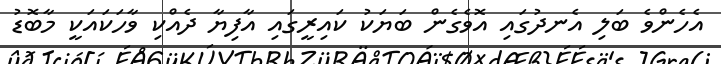
އެހެންވެ ބަލި އެނދުގައި އޮވެގެން ބަޔަކު ކައިރީގައި އާފިޔާ ދެއްކި ވާހަކައަކީ މާބޮޑު